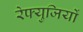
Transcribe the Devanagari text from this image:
रेफ्युजियों